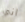
اني